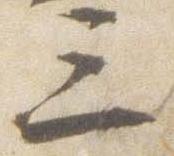
三